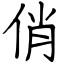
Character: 俏